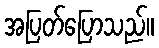
အပြတ်ပြောသည်။